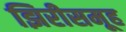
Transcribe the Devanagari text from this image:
झिरीसमूह